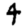
Digit: 4